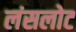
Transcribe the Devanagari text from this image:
लंसलोट